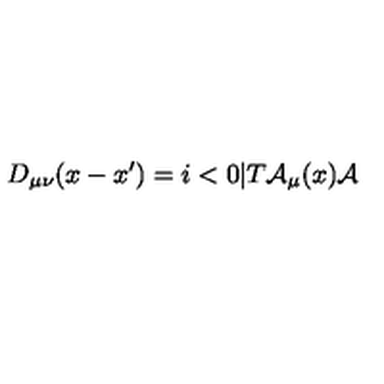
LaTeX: D _ { \mu \nu } ( x - x ^ { \prime } ) = i < 0 | T { \cal A } _ { \mu } ( x ) { \cal A }